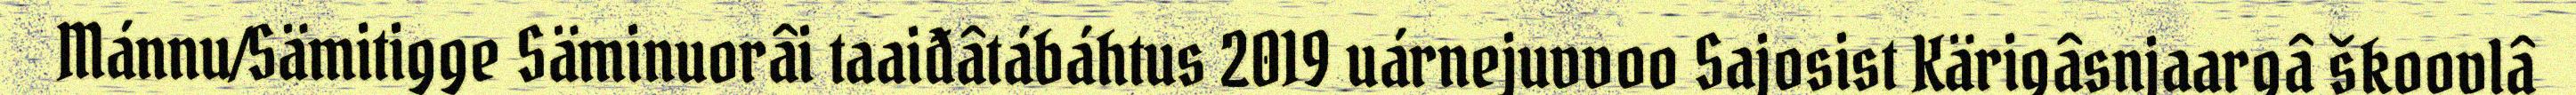
Mánnu/Sämitigge Säminuorâi taaiđâtábáhtus 2019 uárnejuvvoo Sajosist Kärigâsnjaargâ škoovlâ